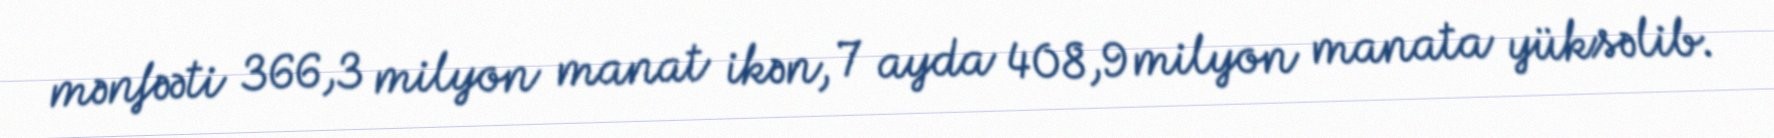
mənfəəti 366,3 milyon manat ikən, 7 ayda 408,9 milyon manata yüksəlib.